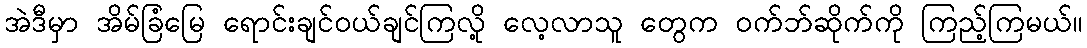
အဲဒီမှာ အိမ်ခြံမြေ ရောင်းချင်ဝယ်ချင်ကြလို့ လေ့လာသူ တွေက ဝက်ဘ်ဆိုက်ကို ကြည့်ကြမယ်။